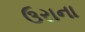
ઉરાના